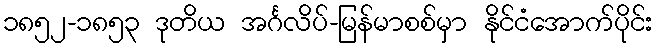
၁၈၅၂-၁၈၅၃ ဒုတိယ အင်္ဂလိပ်-မြန်မာစစ်မှာ နိုင်ငံအောက်ပိုင်း